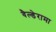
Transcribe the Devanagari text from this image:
वैल्डेरामा